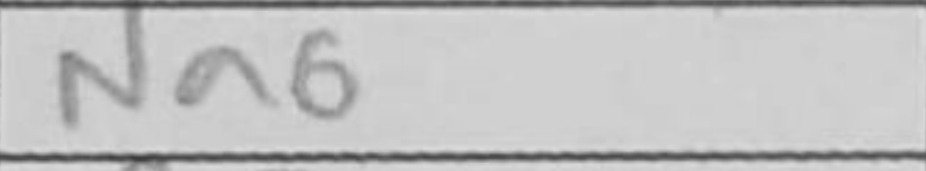
Transcription: Na6